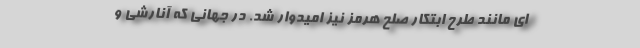
ای مانند طرح ابتکار صلح هرمز نیز امیدوار شد. در جهانی که آنارشی و